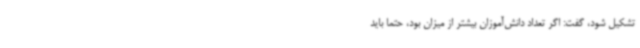
تشکیل شود، گفت: اگر تعداد دانش‌آموزان بیشتر از میزان بود، حتماً باید